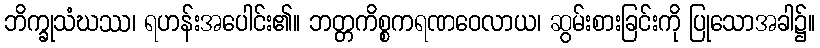
ဘိက္ခုသံဃဿ၊ ရဟန်းအပေါင်း၏။ ဘတ္တကိစ္စကရဏဝေလာယ၊ ဆွမ်းစားခြင်းကို ပြုသောအခါ၌။